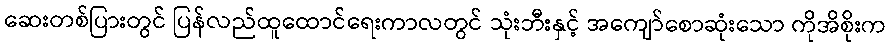
ဆေးတစ်ပြားတွင် ပြန်လည်ထူထောင်ရေးကာလတွင် သုံးဘီးနှင့် အကျော်စောဆုံးသော ကိုအိစိုးက